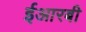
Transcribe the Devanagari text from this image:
ईआरबी